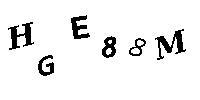
HGE88M